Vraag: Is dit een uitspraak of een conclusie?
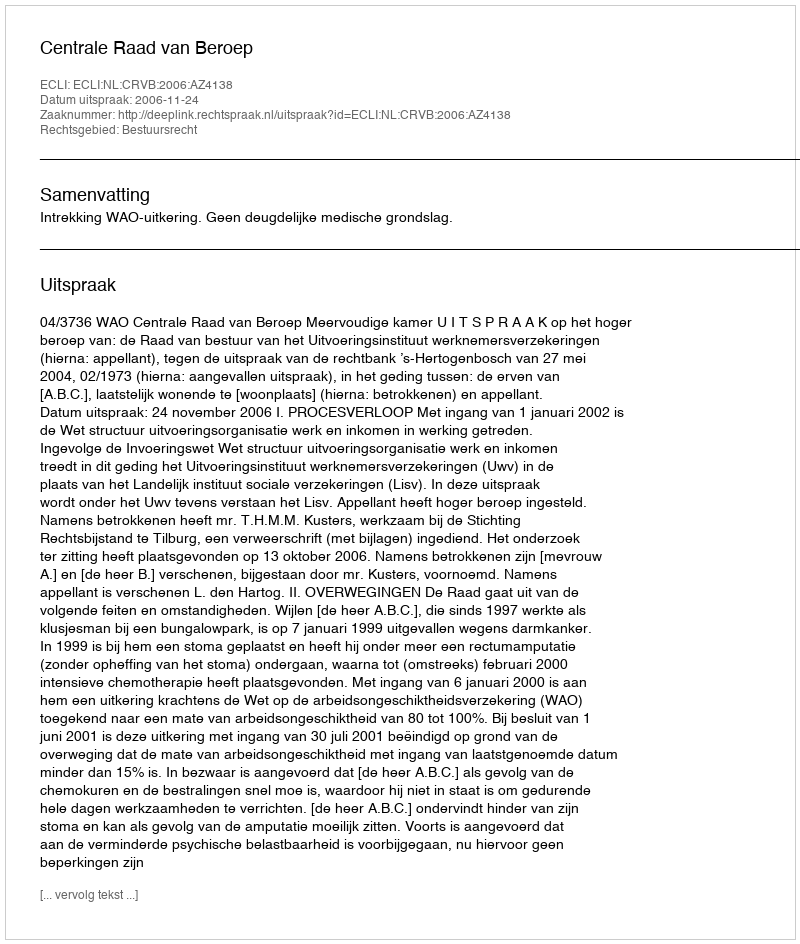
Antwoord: Uitspraak